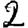
Digit: 2